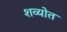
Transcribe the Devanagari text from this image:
शव्योत